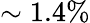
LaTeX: \sim 1.4\%